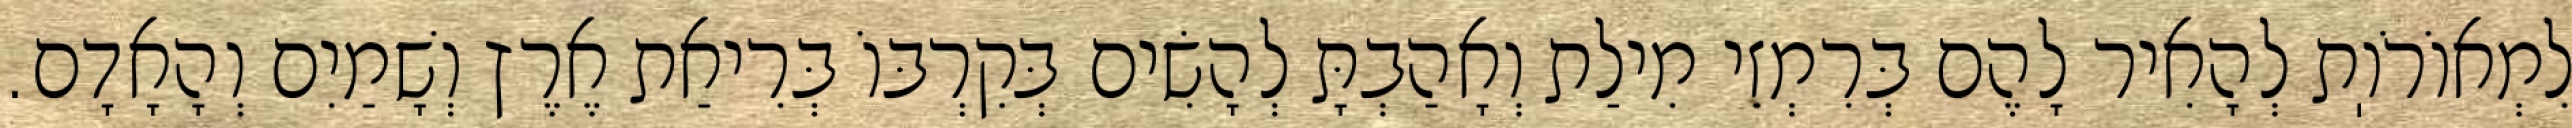
לִמְאוֹרֹוֽת לְהָאִיר לָהֶם בְּרִמְזֵי מִילַת וְאָהַבְתָּ לְהָשִׂים בְּקִרְבּוֹ בְּרִיאַת אֶרֶץ וְשָׁמַיִם וְהָאָדָם.